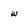
Character: w